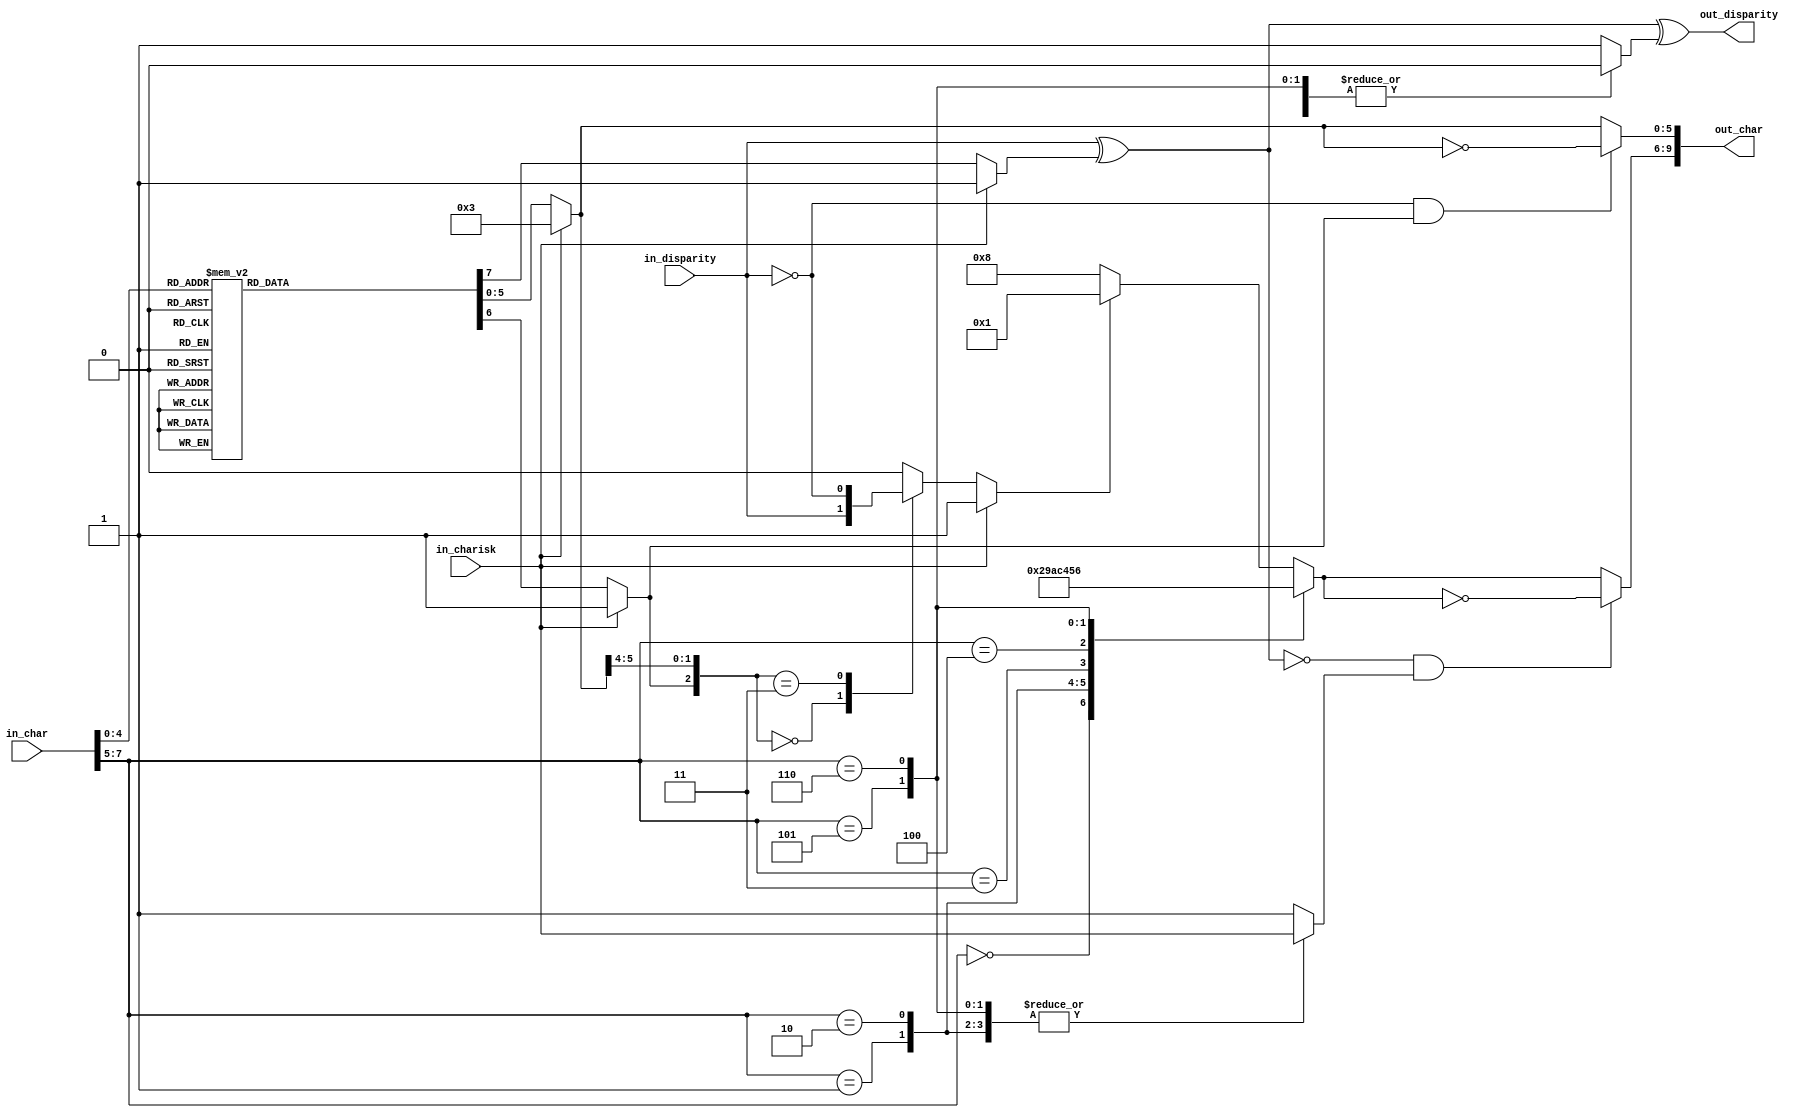
//
// The ADI JESD204 Core is released under the following license, which is
// different than all other HDL cores in this repository.
//
// Please read this, and understand the freedoms and responsibilities you have
// by using this source code/core.
//
// The JESD204 HDL, is copyright  2016-2017 Analog Devices Inc.
//
// This core is free software, you can use run, copy, study, change, ask
// questions about and improve this core. Distribution of source, or resulting
// binaries (including those inside an FPGA or ASIC) require you to release the
// source of the entire project (excluding the system libraries provide by the
// tools/compiler/FPGA vendor). These are the terms of the GNU General Public
// License version 2 as published by the Free Software Foundation.
//
// This core  is distributed in the hope that it will be useful, but WITHOUT ANY
// WARRANTY; without even the implied warranty of MERCHANTABILITY or FITNESS FOR
// A PARTICULAR PURPOSE. See the GNU General Public License for more details.
//
// You should have received a copy of the GNU General Public License version 2
// along with this source code, and binary.  If not, see
// <http://www.gnu.org/licenses/>.
//
// Commercial licenses (with commercial support) of this JESD204 core are also
// available under terms different than the General Public License. (e.g. they
// do not require you to accompany any image (FPGA or ASIC) using the JESD204
// core with any corresponding source code.) For these alternate terms you must
// purchase a license from Analog Devices Technology Licensing Office. Users
// interested in such a license should contact jesd204-licensing@analog.com for
// more information. This commercial license is sub-licensable (if you purchase
// chips from Analog Devices, incorporate them into your PCB level product, and
// purchase a JESD204 license, end users of your product will also have a
// license to use this core in a commercial setting without releasing their
// source code).
//
// In addition, we kindly ask you to acknowledge ADI in any program, application
// or publication in which you use this JESD204 HDL core. (You are not required
// to do so; it is up to your common sense to decide whether you want to comply
// with this request or not.) For general publications, we suggest referencing :
// The design and implementation of the JESD204 HDL Core used in this project
// is copyright  2016-2017, Analog Devices, Inc.
//

module jesd204_8b10b_encoder (
  input in_disparity,
  input [7:0] in_char,
  input in_charisk,

  output [9:0] out_char,
  output out_disparity
);

/*
 * Only supports the subset of 8b10b that is used by JESD204.
 * If non-supported control characters are supplied the output is undefined.
 */

reg [5:0] data6b;
reg [5:0] out6b;
reg may_invert6b;
reg disparity6b;
reg [3:0] data4b;
reg [3:0] out4b;
reg may_invert4b;
reg disparity4b;
wire disparity4b_in;
reg alt7;

always @(*) begin
  if (in_charisk == 1'b1) begin
    // Assume K28.x
    data6b <= 6'b000011;
    may_invert6b <= 1'b1;
    disparity6b <= 1'b1;
  end else begin
    case (in_char[4:0])
    5'd00: begin
      data6b <= 6'b000110;
      may_invert6b <= 1'b1;
      disparity6b <= 1'b1;
    end
    5'd01: begin
      data6b <= 6'b010001;
      may_invert6b <= 1'b1;
      disparity6b <= 1'b1;
    end
    5'd02: begin
      data6b <= 6'b010010;
      may_invert6b <= 1'b1;
      disparity6b <= 1'b1;
    end
    5'd03: begin
      data6b <= 6'b100011;
      may_invert6b <= 1'b0;
      disparity6b <= 1'b0;
    end
    5'd04: begin
      data6b <= 6'b010100;
      may_invert6b <= 1'b1;
      disparity6b <= 1'b1;
    end
    5'd05: begin
      data6b <= 6'b100101;
      may_invert6b <= 1'b0;
      disparity6b <= 1'b0;
    end
    5'd06: begin
      data6b <= 6'b100110;
      may_invert6b <= 1'b0;
      disparity6b <= 1'b0;
    end
    5'd07: begin
      data6b <= 6'b111000;
      may_invert6b <= 1'b1;
      disparity6b <= 1'b0;
    end
    5'd08: begin
      data6b <= 6'b011000;
      may_invert6b <= 1'b1;
      disparity6b <= 1'b1;
    end
    5'd09: begin
      data6b <= 6'b101001;
      may_invert6b <= 1'b0;
      disparity6b <= 1'b0;
    end
    5'd10: begin
      data6b <= 6'b101010;
      may_invert6b <= 1'b0;
      disparity6b <= 1'b0;
    end
    5'd11: begin
      data6b <= 6'b001011;
      may_invert6b <= 1'b0;
      disparity6b <= 1'b0;
    end
    5'd12: begin
      data6b <= 6'b101100;
      may_invert6b <= 1'b0;
      disparity6b <= 1'b0;
    end
    5'd13: begin
      data6b <= 6'b001101;
      may_invert6b <= 1'b0;
      disparity6b <= 1'b0;
    end
    5'd14: begin
      data6b <= 6'b001110;
      may_invert6b <= 1'b0;
      disparity6b <= 1'b0;
    end
    5'd15: begin
      data6b <= 6'b000101;
      may_invert6b <= 1'b1;
      disparity6b <= 1'b1;
    end
    5'd16: begin
      data6b <= 6'b001001;
      may_invert6b <= 1'b1;
      disparity6b <= 1'b1;
    end
    5'd17: begin
      data6b <= 6'b110001;
      may_invert6b <= 1'b0;
      disparity6b <= 1'b0;
    end
    5'd18: begin
      data6b <= 6'b110010;
      may_invert6b <= 1'b0;
      disparity6b <= 1'b0;
    end
    5'd19: begin
      data6b <= 6'b010011;
      may_invert6b <= 1'b0;
      disparity6b <= 1'b0;
    end
    5'd20: begin
      data6b <= 6'b110100;
      may_invert6b <= 1'b0;
      disparity6b <= 1'b0;
    end
    5'd21: begin
      data6b <= 6'b010101;
      may_invert6b <= 1'b0;
      disparity6b <= 1'b0;
    end
    5'd22: begin
      data6b <= 6'b010110;
      may_invert6b <= 1'b0;
      disparity6b <= 1'b0;
    end
    5'd23: begin
      data6b <= 6'b101000;
      may_invert6b <= 1'b1;
      disparity6b <= 1'b1;
    end
    5'd24: begin
      data6b <= 6'b001100;
      may_invert6b <= 1'b1;
      disparity6b <= 1'b1;
    end
    5'd25: begin
      data6b <= 6'b011001;
      may_invert6b <= 1'b0;
      disparity6b <= 1'b0;
    end
    5'd26: begin
      data6b <= 6'b011010;
      may_invert6b <= 1'b0;
      disparity6b <= 1'b0;
    end
    5'd27: begin
      data6b <= 6'b100100;
      may_invert6b <= 1'b1;
      disparity6b <= 1'b1;
    end
    5'd28: begin
      data6b <= 6'b011100;
      may_invert6b <= 1'b0;
      disparity6b <= 1'b0;
    end
    5'd29: begin
      data6b <= 6'b100010;
      may_invert6b <= 1'b1;
      disparity6b <= 1'b1;
    end
    5'd30: begin
      data6b <= 6'b100001;
      may_invert6b <= 1'b1;
      disparity6b <= 1'b1;
    end
    default: begin
      data6b <= 6'b001010;
      may_invert6b <= 1'b1;
      disparity6b <= 1'b1;
    end
    endcase
  end
end

always @(*) begin
  if (in_charisk == 1'b1) begin
    alt7 <= 1'b1;
  end else begin
//    case (in_char[4:0])
//    5'd11, 5'd13, 5'd14: alt7 <= in_disparity;
//    5'd17, 5'd18, 5'd20: alt7 <= ~in_disparity;
//    default: alt7 <= 1'b0;
//    endcase

      // Slightly better packing
      case ({may_invert6b,data6b[5:4]})
      3'b000: alt7 <= in_disparity;
      3'b011: alt7 <= ~in_disparity;
      default: alt7 <= 1'b0;
      endcase
  end
end

always @(*) begin
  case (in_char[7:5])
  3'd0: begin
    data4b <= 4'b0010;
    may_invert4b <= 1'b1;
    disparity4b <= 1'b1;
  end
  3'd1: begin
    data4b <= 4'b1001;
    may_invert4b <= in_charisk;
    disparity4b <= 1'b0;
  end
  3'd2: begin
    data4b <= 4'b1010;
    may_invert4b <= in_charisk;
    disparity4b <= 1'b0;
  end
  3'd3: begin
    data4b <= 4'b1100;
    may_invert4b <= 1'b1;
    disparity4b <= 1'b0;
  end
  3'd4: begin
    data4b <= 4'b0100;
    may_invert4b <= 1'b1;
    disparity4b <= 1'b1;
  end
  3'd5: begin
    data4b <= 4'b0101;
    may_invert4b <= in_charisk;
    disparity4b <= 1'b0;
  end
  3'd6: begin
    data4b <= 4'b0110;
    may_invert4b <= in_charisk;
    disparity4b <= 1'b0;
  end
  default: begin
    if (alt7 == 1'b1) begin
      data4b <= 4'b0001;
    end else begin
      data4b <= 4'b1000;
    end
    may_invert4b <= 1'b1;
    disparity4b <= 1'b1;
  end
  endcase
end

assign disparity4b_in = in_disparity ^ disparity6b;
assign out_disparity = disparity4b_in ^ disparity4b;

always @(*) begin
  if (in_disparity == 1'b0 && may_invert6b == 1'b1) begin
    out6b <= ~data6b;
  end else begin
    out6b <= data6b;
  end
  if (disparity4b_in == 1'b0 && may_invert4b == 1'b1) begin
    out4b <= ~data4b;
  end else begin
    out4b <= data4b;
  end
end

assign out_char = {out4b,out6b};

endmodule